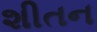
શીતન